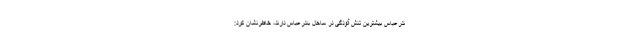
ندرعباس بیشترین تنش آلودگی در ساحل بندرعباس دارند، خاطرنشان کرد: